Indian journal of veterinary science and animal husbandry - Volume 11,
Year: 1941
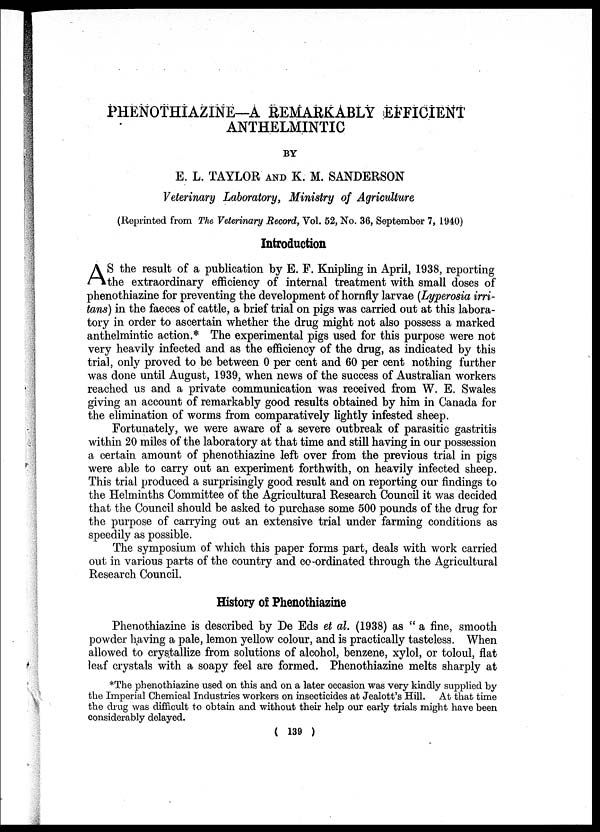
PHENOTHIAZINE—A REMARKABLY EFFICIENT
ANTHELMINTIC
BY
E. L. TAYLOR AND K. M. SANDERSON
Veterinary Laboratory, Ministry of Agriculture
(Reprinted from The Veterinary Record, Vol. 52, No. 36, September 7, 1940)
Introduction
A S the result of a publication by E. F. Knipling in April, 1938, reporting
the extraordinary efficiency of internal treatment with small doses of
phenothiazine for preventing the development of hornfly larvae (Lyperosia irri-
tans) in the faeces of cattle, a brief trial on pigs was carried out at this labora-
tory in order to ascertain whether the drug might not also possess a marked
anthelmintic action.* The experimental pigs used for this purpose were not
very heavily infected and as the efficiency of the drug, as indicated by this
trial, only proved to be between 0 per cent and 60 per cent nothing further
was done until August, 1939, when news of the success of Australian workers
reached us and a private communication was received from W. E. Swales
giving an account of remarkably good results obtained by him in Canada for
the elimination of worms from comparatively lightly infested sheep.
Fortunately, we were aware of a severe outbreak of parasitic gastritis
within 20 miles of the laboratory at that time and still having in our possession
a certain amount of phenothiazine left over from the previous trial in pigs
were able to carry out an experiment forthwith, on heavily infected sheep.
This trial produced a surprisingly good result and on reporting our findings to
the Helminths Committee of the Agricultural Research Council it was decided
that the Council should be asked to purchase some 500 pounds of the drug for
the purpose of carrying out an extensive trial under farming conditions as
speedily as possible.
The symposium of which this paper forms part, deals with work carried
out in various parts of the country and co-ordinated through the Agricultural
Research Council.
History of Phenothiazine
Phenothiazine is described by De Eds et al. (1938) as " a fine, smooth
powder having a pale, lemon yellow colour, and is practically tasteless. When
allowed to crystallize from solutions of alcohol, benzene, xylol, or toloul, flat
leaf crystals with a soapy feel are formed. Phenothiazine melts sharply at
*The phenothiazine used on this and on a later occasion was very kindly supplied by
the Imperial Chemical Industries workers on insecticides at Jealott's Hill. At that time
the drug was difficult to obtain and without their help our early trials might have been
considerably delayed.
( 139 )